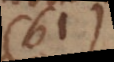
61)